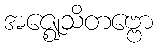
အဇ္ဈေသိတဗ္ဗော